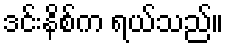
ဒင်းနိစ်က ရယ်သည်။